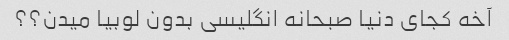
آخه کجای دنیا صبحانه انگلیسی بدون لوبیا میدن؟؟